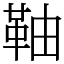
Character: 䩜